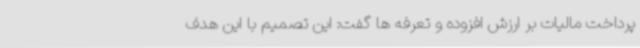
پرداخت مالیات بر ارزش افزوده و تعرفه ها گفت: این تصمیم با این هدف